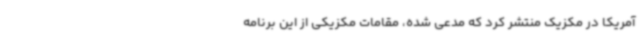
آمریکا در مکزیک منتشر کرد که مدعی شده، مقامات مکزیکی از این برنامه